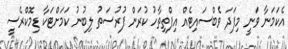
އެކަމަނާ ވަނީ މިފަދަ ވެބްސައިޓެއް އިފްތިތާހު ކުރަން ފުރުސަތު ލިބުނު ކަމަށްޓަކާ ޑިމޮކްރެސީ